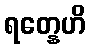
ရတ္နေဟိ